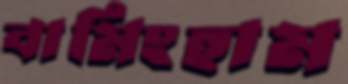
বামিংহাম